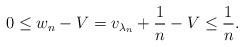
LaTeX: \begin{align*}0\leq w_n- V= v_{\lambda_n}+\frac{1}{n}-V\leq \frac{1}{n}. \end{align*}